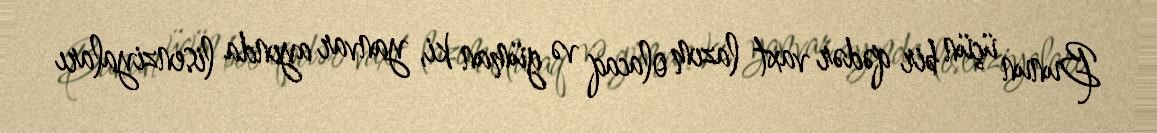
Bunun üçün bir qədər vaxt lazım olacaq və güman ki, yanvar ayında lisenziyaları